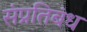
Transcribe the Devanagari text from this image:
संप्रतिबंध